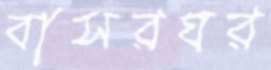
বাসরঘর